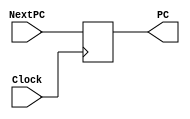
module PC(input Clock, input [31:0] NextPC, output reg [31:0] PC);

always @(posedge Clock) begin
  PC <= NextPC;
end

endmodule